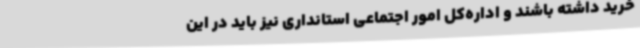
خرید داشته باشند و اداره‌کل امور اجتماعی استانداری نیز باید در این